Vaccination in Bombay 1913-1923 - 1913-1923
Year: 1913
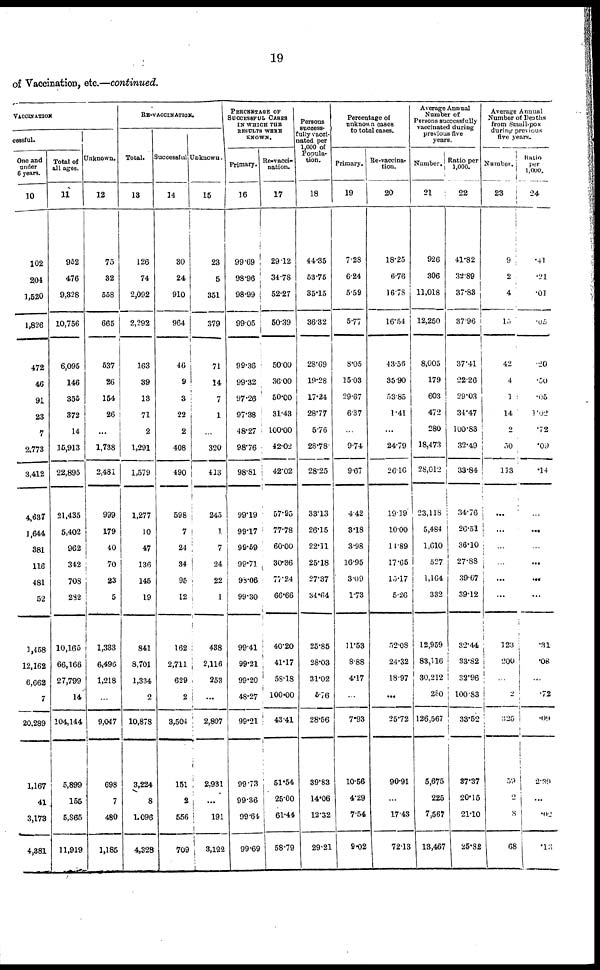
19
of Vaccination, etc.—continued.
VACCINATION
cessful.
One and
under
6 years.
10
102
204
1,520
1,826
472
46
91
23
7
2,773
3,412
4,637
1,644
381
116
481
52
1,458
12,162
6,662
7
20,289
1,167
41
3,173
4,381
Total of
all ages.
11
952
476
9,328
10,756
6,095
146
355
372
14
15,913
22,895
21,435
5,402
962
342
708
282
10,165
66,166
27,799
14
104,144
5,899
155
5,865
11,919
Unknown.
12
75
32
558
665
537
26
154
26
...
1,738
2,481
999
179
40
70
23
5
1,333
6,496
1,218
...
9,047
698
7
480
1,185
RE-VACCINATION.
Total.
13
126
74
2,092
2,292
163
39
13
71
2
1,291
1,579
1,277
10
47
136
145
19
841
8,701
1,334
2
10,878
3,224
8
1,096
4,328
Successful
14
30
24
910
964
46
9
3
22
2
408
490
598
7
24
34
95
12
162
2,711
629
2
3,504
151
2
556
709
Unknown.
15
23
5
351
379
71
14
7
1
...
320
413
245
1
7
24
22
1
438
2,116
253
...
2,807
2,931
...
191
3,122
PERCENTAGE OF
SUCCESSFUL CASES
IN WHICH THE
RESULTS WERE
KNOWN.
Primary.
16
99.69
98.96
98.99
99.05
99.36
99.32
97.26
97.38
48.27
98.76
98.81
99.19
99.17
99.59
99.71
98.06
99.30
99.41
99.21
99.20
48.27
99.21
99.73
99.36
99.64
99.69
Re.vacci-
nation.
17
29.12
34.78
52.27
50.39
50.00
36.00
50.00
31.43
100.00
42.02
42.02
57.95
77.78
60.00
30.36
77.24
66.66
40.20
41.17
58.18
100.00
43.41
51.54
25.00
61.44
58.79
Persons
success-
fully vacci-
nated per
1,000 of
Popula-
tion.
18
44.35
53.76
35.15
36.32
28.69
19.28
17.24
28.77
5.76
28.78
28.25
33.13
26.15
22.11
25.18
27.37
34.64
25.85
28.03
31.02
5.76
28.56
39.83
14.06
12.32
29.21
Percentage of
unknown cases
to total cases.
Primary.
19
7.28
6.24
5.59
5.77
8.05
15.03
29.67
6.37
...
9.74
9.67
4.42
3.18
3.98
16.95
3.09
1.73
11.53
8.88
4.17
...
7.93
10.56
4.29
7.54
9.02
Re-vaccina-
tion.
20
18.25
6.76
16.78
16.54
43.56
35.90
53.85
1.41
...
24.79
26.16
19.19
10.00
11.89
17.65
15.17
5.26
5,2.08
24.32
18.97
...
25.72
90.91
...
17.43
72.13
Average Annual
Number of
Persons successfully
vaccinated during
previous five
years.
Number.
21
926
306
11,018
12,250
8,005
179
603
472
280
18,473
28,012
23,118
5,484
1,610
527
1,164
332
12,959
83,116
30,212
280
126,567
5,675
225
7,567
13,467
Ratio per
1,000.
22
41.82
32.89
37.83
37.96
37.41
22.26
29.03
34.47
100.83
32.49
33.84
34.76
26.51
36.10
27.88
39.67
39.12
32.44
33.82
32.96
100.83
33.52
37.37
20.15
21.10
25.82
Average Annual
Number of Deaths
from Small-pox
during previous
five years.
Number.
23
9
2
4
15
42
4
1
14
2
50
113
...
...
...
...
...
...
123
200
...
2
325
59
2
8
6 8
Ratio
per
1,000.
24
.41
.21
.01
.05
.20
.50
.05
1.02
.72
.09
.14
...
...
...
...
...
...
.31
.08
...
.72
.09
2.39
...
.02
.13